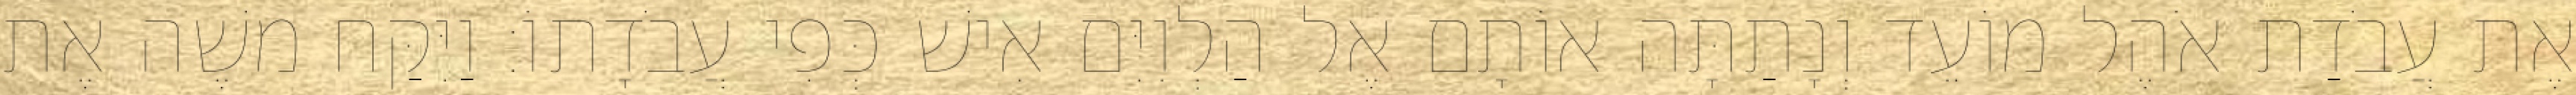
אֶת עֲבֹדַת אֹהֶל מוֹעֵד וְנָתַתָּה אוֹתָם אֶל הַלְוִיִּם אִישׁ כְּפִי עֲבֹדָתוֹ׃ וַיִּקַּח משֶׁה אֶת